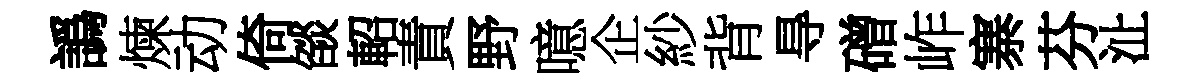
譌煉动倚燄軺責野噫企紗背㝵磳岞寨芬沚